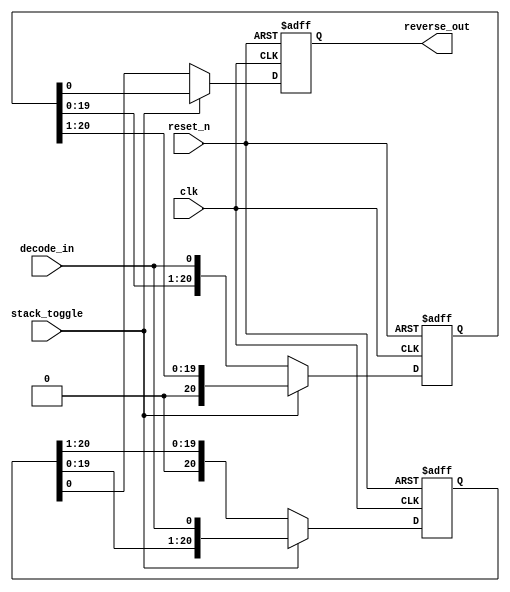
module RSTK(
		clk,
		reset_n,
		stack_toggle,
		decode_in,
		reverse_out);

input		clk;
input		reset_n;
input		stack_toggle;
input		decode_in;
output		reverse_out;


reg [20:0] stack0;
reg [20:0] stack1;
reg reverse_out;

always @ (posedge clk or negedge reset_n) begin
	if (~reset_n) begin
		stack0 <= 0;
		stack1 <= 0;
		reverse_out <= 0;
	end else begin
		if (stack_toggle) begin
			stack0 <= {stack0[19:0],decode_in};
			stack1 <= {1'b0,stack1[20:1]};
			reverse_out <= stack1[0];
		end 
		else begin
			stack1 <= {stack1[19:0],decode_in};
			stack0 <= {1'b0,stack0[20:1]};
			reverse_out <= stack0[0];
		end
	end
end

endmodule